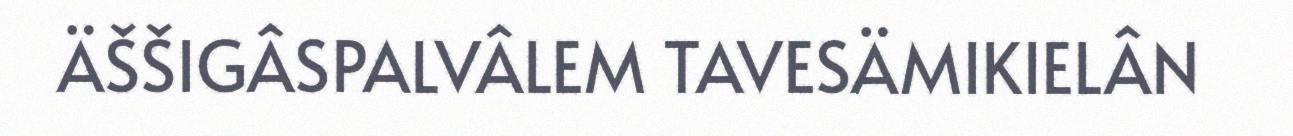
ÄŠŠIGÂSPALVÂLEM TAVESÄMIKIELÂN